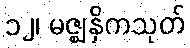
၁၂၊ မဇ္ဈနှိကသုတ်